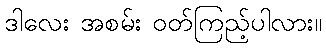
ဒါလေး အစမ်း ဝတ်ကြည့်ပါလား။